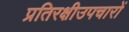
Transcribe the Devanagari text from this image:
प्रतिरक्षीउपचारों